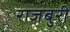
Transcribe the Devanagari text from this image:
राजबुरी